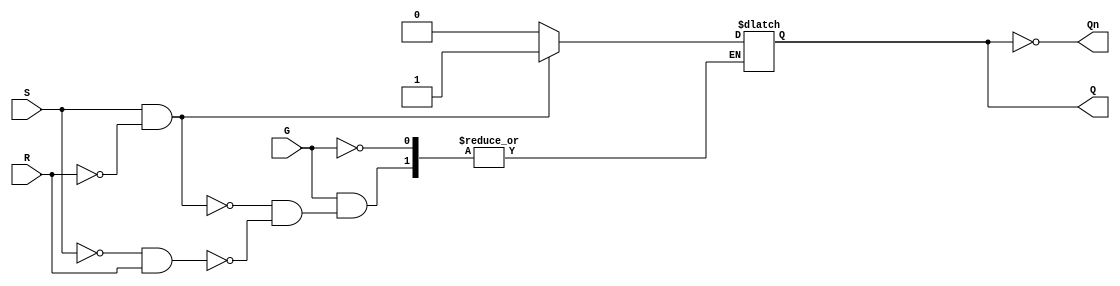
module gated_sr_latch (
    input wire S,      // Set input
    input wire R,      // Reset input
    input wire G,      // Enable signal
    output reg Q,      // Output Q
    output wire Qn     // Complementary output Q'
);

    assign Qn = ~Q;    // Q' is the complement of Q

    always @ (G or S or R) begin
        if (G) begin
            if (S && !R) begin
                Q <= 1'b1;  // Set Q to 1
            end else if (!S && R) begin
                Q <= 1'b0;  // Reset Q to 0
            end
            // If both S and R are low, maintain current state
            // If both S and R are high, this is an invalid state
        end
        // If G is low, maintain current state (no change)
    end

endmodule